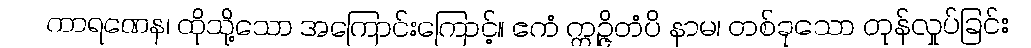
ကာရဏေန၊ ထိုသို့သော အကြောင်းကြောင့်။ ဧကံ ဣဉ္ဇိတံပိ နာမ၊ တစ်ခုသော တုန်လှုပ်ခြင်း